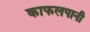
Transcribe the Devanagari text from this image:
काफलपानी